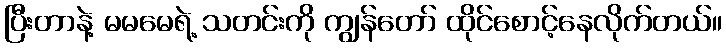
ပြီးတာနဲ့ မမမေရဲ့ သတင်းကို ကျွန်တော် ထိုင်စောင့်နေလိုက်တယ်။